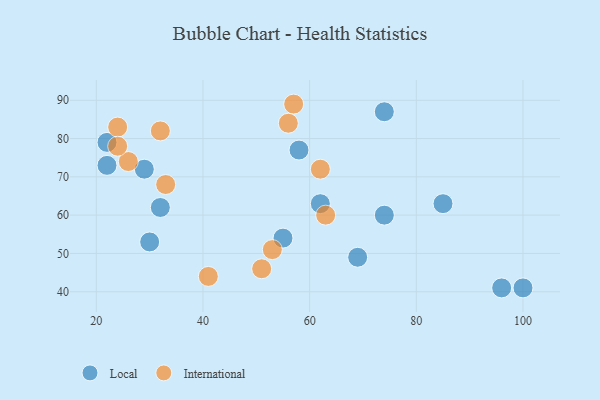
{"axis": {"x": "GDP", "y": "Life Expectancy"}, "legend": ["International", "Local"], "data": [{"x": "74", "y": 60, "type": "Local"}, {"x": "62", "y": 63, "type": "Local"}, {"x": "32", "y": 62, "type": "Local"}, {"x": "22", "y": 79, "type": "Local"}, {"x": "69", "y": 49, "type": "Local"}, {"x": "58", "y": 77, "type": "Local"}, {"x": "85", "y": 63, "type": "Local"}, {"x": "100", "y": 41, "type": "Local"}, {"x": "74", "y": 87, "type": "Local"}, {"x": "29", "y": 72, "type": "Local"}, {"x": "30", "y": 53, "type": "Local"}, {"x": "55", "y": 54, "type": "Local"}, {"x": "22", "y": 73, "type": "Local"}, {"x": "96", "y": 41, "type": "Local"}, {"x": "57", "y": 89, "type": "International"}, {"x": "51", "y": 46, "type": "International"}, {"x": "24", "y": 83, "type": "International"}, {"x": "32", "y": 82, "type": "International"}, {"x": "41", "y": 44, "type": "International"}, {"x": "26", "y": 74, "type": "International"}, {"x": "24", "y": 78, "type": "International"}, {"x": "53", "y": 51, "type": "International"}, {"x": "33", "y": 68, "type": "International"}, {"x": "62", "y": 72, "type": "International"}, {"x": "56", "y": 84, "type": "International"}, {"x": "63", "y": 60, "type": "International"}]}